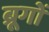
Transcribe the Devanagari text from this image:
ब्रूगों